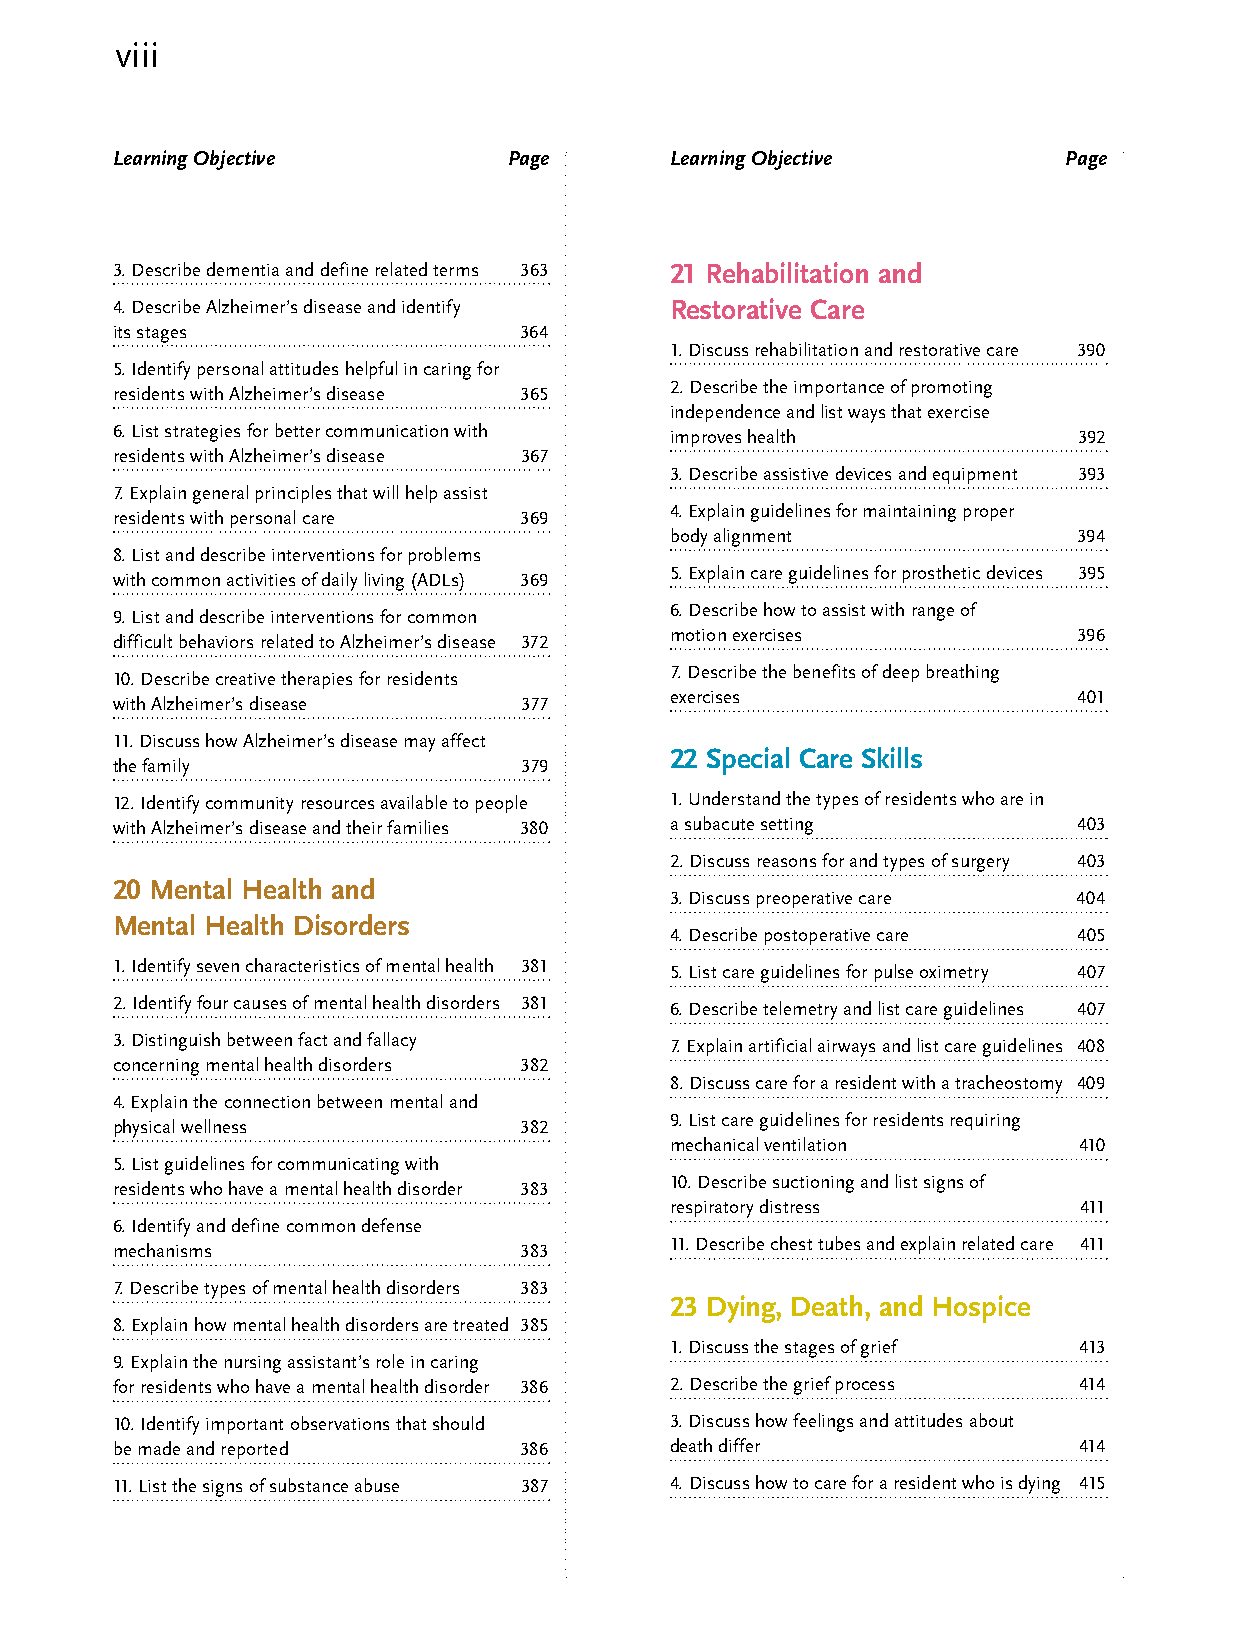
viii
 Learning Objective         Page      Learning Objective        Page
 3. Describe dementia and define related terms 363 21 Rehabilitation and
 4. Describe Alzheimer’s disease and identify Restorative Care
 its stages                 364
 1. Discuss rehabilitation and restorative care 390
 5. Identify personal attitudes helpful in caring for
 2. Describe the importance of promoting
 residents with Alzheimer’s disease 365
 independence and list ways that exercise
 6. List strategies for better communication with improves health 392
 residents with Alzheimer’s disease 367
 3. Describe assistive devices and equipment 393
 7. Explain general principles that will help assist
 4. Explain guidelines for maintaining proper
 residents with personal care 369
 body alignment             394
 8. List and describe interventions for problems
 5. Explain care guidelines for prosthetic devices 395
 with common activities of daily living (ADLs) 369
 6. Describe how to assist with range of
 9. List and describe interventions for common
 motion exercises           396
 difficult behaviors related to Alzheimer’s disease 372
 7. Describe the benefits of deep breathing
 10. Describe creative therapies for residents
 exercises                  401
 with Alzheimer’s disease   377
 11. Discuss how Alzheimer’s disease may affect
 22 Special Care Skills
 the family                 379
 12. Identify community resources available to people 1. Understand the types of residents who are in
 with Alzheimer’s disease and their families 380 a subacute setting 403
 2. Discuss reasons for and types of surgery 403
 20 Mental Health and
 3. Discuss preoperative care 404
 Mental Health Disorders
 4. Describe postoperative care 405
 1. Identify seven characteristics of mental health 381
 5. List care guidelines for pulse oximetry 407
 2. Identify four causes of mental health disorders 381
 6. Describe telemetry and list care guidelines 407
 3. Distinguish between fact and fallacy
 7. Explain artificial airways and list care guidelines 408
 concerning mental health disorders 382
 8. Discuss care for a resident with a tracheostomy 409
 4. Explain the connection between mental and
 9. List care guidelines for residents requiring
 physical wellness          382
 mechanical ventilation     410
 5. List guidelines for communicating with
 10. Describe suctioning and list signs of
 residents who have a mental health disorder 383
 respiratory distress       411
 6. Identify and define common defense
 11. Describe chest tubes and explain related care 411
 mechanisms                 383
 7. Describe types of mental health disorders 383
 23 Dying, Death, and Hospice
 8. Explain how mental health disorders are treated 385
 1. Discuss the stages of grief 413
 9. Explain the nursing assistant’s role in caring
 for residents who have a mental health disorder 386 2. Describe the grief process 414
 10. Identify important observations that should 3. Discuss how feelings and attitudes about
 be made and reported       386       death differ               414
 11. List the signs of substance abuse 387 4. Discuss how to care for a resident who is dying 415